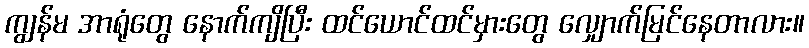
ကျွန်မ အာရုံတွေ နောက်ကျိပြီး ထင်ယောင်ထင်မှားတွေ လျှောက်မြင်နေတာလား။